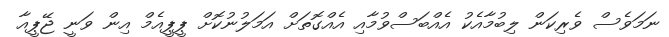
ނަމަވެސް ވެރިކަން ލިބުމާއެކު އެއްބަސްވުމާއި އެއްގޮތަށް އަމަލުނުކޮށް ޕީޕީއެމް އިން ވަނީ ޖޭޕީއާ